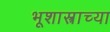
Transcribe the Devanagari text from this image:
भूशास्त्राच्या